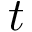
t